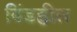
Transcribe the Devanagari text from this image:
विंडह्वील